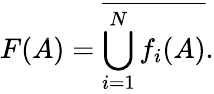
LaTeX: F(A)={\overline{{\bigcup_{i=1}^{N}f_{i}(A)}}}.